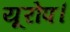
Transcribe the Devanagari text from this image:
यूरोप।